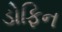
ડોફિન